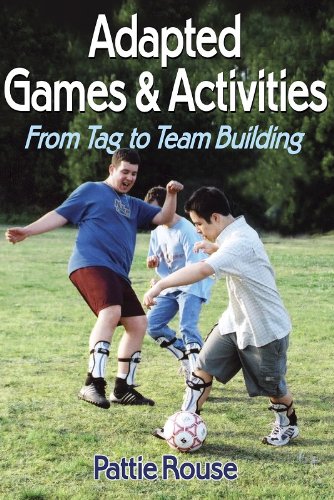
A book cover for Adapted Games and Activities: From Tag to Team Building; Pattie Rouse; Health, Fitness & Dieting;